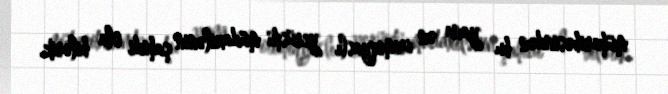
müharibəsindən bu yana ən irimiqyaslı yerüstü müdaxilənin şahidi ola bilərik.